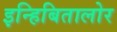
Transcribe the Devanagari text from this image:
इन्हिबितालोर